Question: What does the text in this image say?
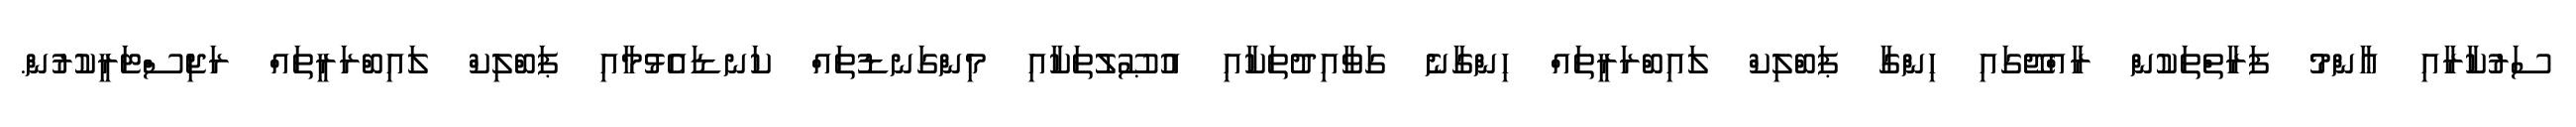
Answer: ސަރުކާރާއި ޢާންމު ފަރާތްތަކުން ރާއްޖޭގައި ހިންގާ ޕަބްލިކް ލައިބްރަރީތައް ހިންގާނެ ގަވާއިދުތަކާއި އުޞޫލުތަކާއި މިންގަނޑުތައް ކަނޑައެޅުމާއި ޕަބްލިކް ލައިބްރަރީތައް ރަޖިސްޓަރީކުރުން.